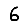
Digit: 6